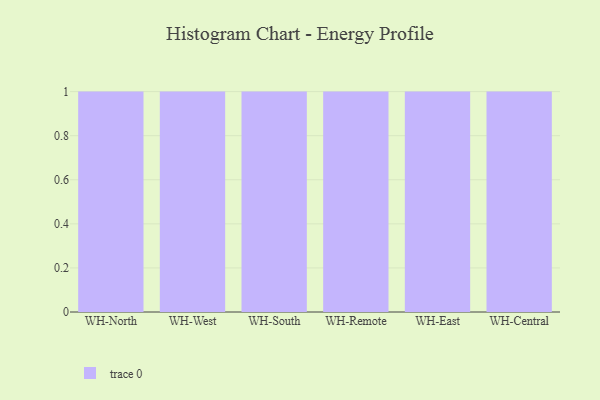
{"axis": {"x": "Warehouse", "y": "Gross Profit (USD K)"}, "legend": [""], "data": [{"x": "WH-North", "y": 64, "type": ""}, {"x": "WH-West", "y": 95, "type": ""}, {"x": "WH-South", "y": 70, "type": ""}, {"x": "WH-Remote", "y": 29, "type": ""}, {"x": "WH-East", "y": 13, "type": ""}, {"x": "WH-Central", "y": 80, "type": ""}]}